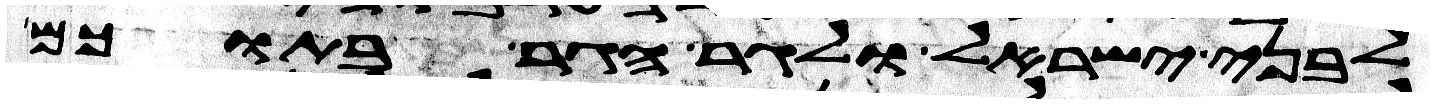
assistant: לבני ישראל ולגר הגר בתוכם